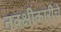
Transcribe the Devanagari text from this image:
नक्क्षीकारीचे